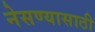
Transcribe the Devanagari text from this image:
नेसण्यासाठी